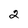
Character: 2